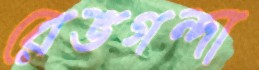
রেভগন্দা